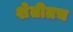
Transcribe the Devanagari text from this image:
शेतीतच